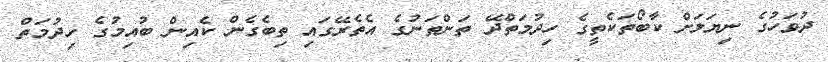
ދުވަހުގެ ނިޔަލަށް ކާބޯތަކެތީގެ ހިދުމަތްދޭ ތަންތަނުގެ އެތެރޭގައި ތިބެގެން ކެއިން ބުއިމުގެ ހިދުމަތް